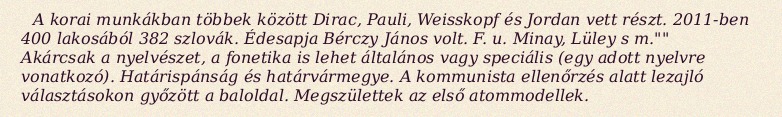
A korai munkákban többek között Dirac, Pauli, Weisskopf és Jordan vett részt. 2011-ben 400 lakosából 382 szlovák. Édesapja Bérczy János volt. F. u. Minay, Lüley s m."" Akárcsak a nyelvészet, a fonetika is lehet általános vagy speciális (egy adott nyelvre vonatkozó). Határispánság és határvármegye. A kommunista ellenőrzés alatt lezajló választásokon győzött a baloldal. Megszülettek az első atommodellek.